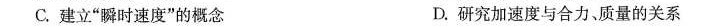
C.建立”瞬时速度”的概念 D.研究加速度与合力、质量的关系